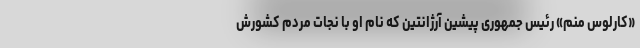
«کارلوس منم» رئیس جمهوری پیشین آرژانتین که نام او با نجات مردم کشورش